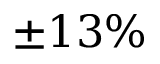
\pm 1 3 \%